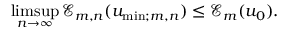
\operatorname* { l i m s u p } _ { n \to \infty } \mathcal { E } _ { m , n } ( u _ { \mathrm { m i n } ; m , n } ) \leq \mathcal { E } _ { m } ( u _ { 0 } ) .